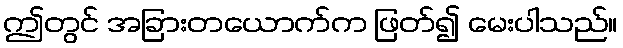
ဤတွင် အခြားတယောက်က ဖြတ်၍ မေးပါသည်။